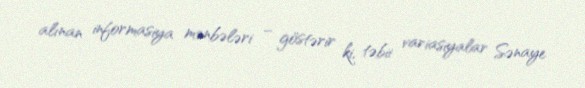
alınan informasiya mənbələri – göstərir ki, təbii variasiyalar Sənaye